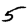
Digit: 5